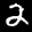
Label: 2